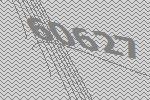
60627